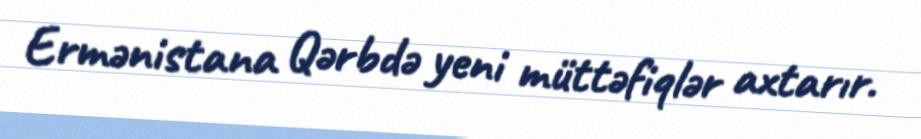
Ermənistana Qərbdə yeni müttəfiqlər axtarır.